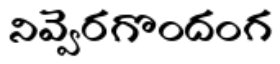
నివ్వెరగొందంగ